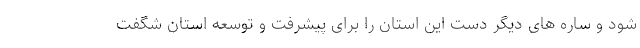
شود و ساره های دیگر دست این استان را برای پیشرفت و توسعه استان شگفت